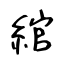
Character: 綰